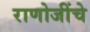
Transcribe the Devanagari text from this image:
राणोजींचे